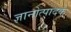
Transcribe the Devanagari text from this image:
ज्ञानोत्पादक